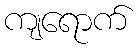
ကျရောက်